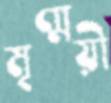
মৃণ্ময়ী